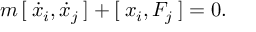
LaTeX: m \, [ \: \dot { x } _ { i } , \dot { x } _ { j } \: ] + [ \: x _ { i } , F _ { j } \: ] = 0 .